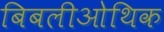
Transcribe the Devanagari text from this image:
बिबलीओथिक